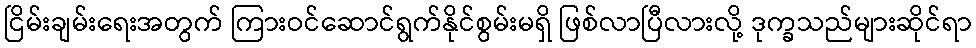
ငြိမ်းချမ်းရေးအတွက် ကြားဝင်ဆောင်ရွက်နိုင်စွမ်းမရှိ ဖြစ်လာပြီလားလို့ ဒုက္ခသည်များဆိုင်ရာ